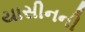
યાસીનની